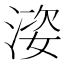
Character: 𱧢